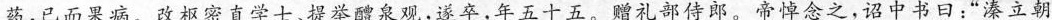
药，已而果病。改枢密直学士、提举醴泉观，遂卒，年五十五。赠礼部侍郎。帝悼念之，诏中书日：”\underline{溱立朝}